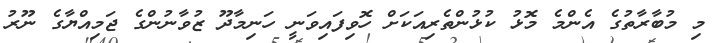
މި މުބާރާތުގެ އެންމެ މޮޅު ކުޅުންތެރިއަކަށް ހޮވިފައިވަނީ ހަނިމާދޫ ޒުވާނުންގެ ޖަމިއްޔާގެ ނޫރު